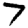
Digit: 7